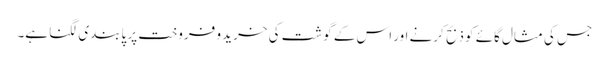
جس کی مثال گائے کو ذبح کرنے اور اس کے گوشت کی خرید و فروخت پر پابندی لگنا ہے۔